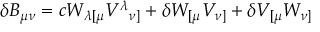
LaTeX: \delta B _ { \mu \nu } = c W _ { \lambda [ \mu } V ^ { \lambda } { } _ { \nu ] } + \delta W _ { [ \mu } V _ { \nu ] } + \delta V _ { [ \mu } W _ { \nu ] }